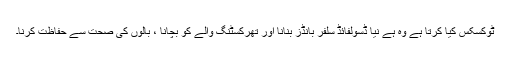
ٹوکسکس کیا کرتا ہے وہ ہے نیا ڈسولفائڈ سلفر بانڈز بنانا اور تھرکسٹنگ والے کو بچانا ، بالوں کی صحت سے حفاظت کرنا۔